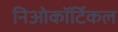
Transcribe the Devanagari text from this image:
निओकॉर्टिकल